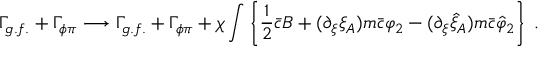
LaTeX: \Gamma _ { g . f . } + \Gamma _ { \phi \pi } \longrightarrow \Gamma _ { g . f . } + \Gamma _ { \phi \pi } + \chi \int \left\{ \frac 1 2 \bar { c } B + ( \partial _ { \xi } \xi _ { A } ) m \bar { c } \varphi _ { 2 } - ( \partial _ { \xi } \hat { \xi } _ { A } ) m \bar { c } \hat { \varphi } _ { 2 } \right\} \; .